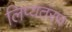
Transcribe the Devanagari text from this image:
लिप्यतंरण